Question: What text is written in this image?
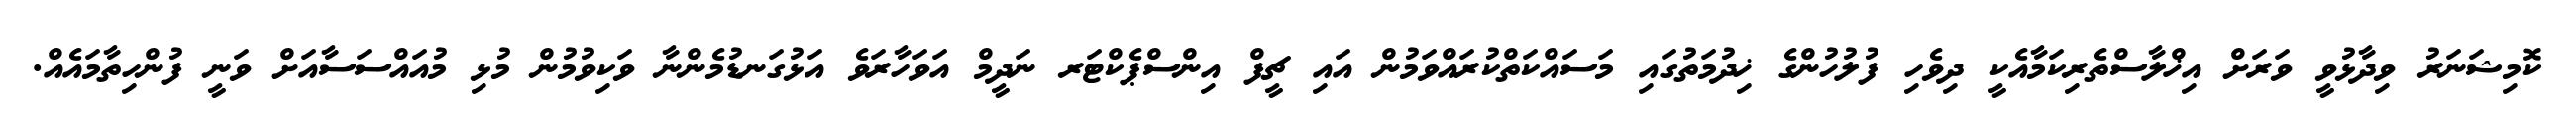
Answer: ކޮމިޝަނަރު ވިދާޅުވީ ވަރަށް އިޚްލާސްތެރިކަމާއެކީ ދިވެހި ފުލުހުންގެ ޚިދުމަތުގައި މަސައްކަތްކުރައްވަމުން އައި ޗީފް އިންސްޕެކްޓަރ ނަދީމް އަވަހާރަވެ އަޅުގަނޑުމެންނާ ވަކިވުމުން މުޅި މުއައްސަސާއަށް ވަނީ ފުންހިތާމައެއް.